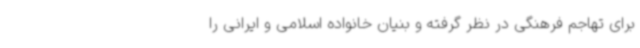
برای تهاجم فرهنگی در نظر گرفته‌ و بنیان خانواده اسلامی و ایرانی را